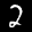
Label: 2